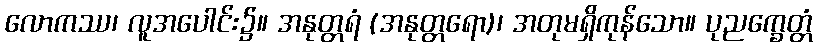
လောကဿ၊ လူအပေါင်း၌။ အနုတ္တရံ (အနုတ္တရော)၊ အတုမရှိကုန်သော။ ပုညက္ခေတ္တံ